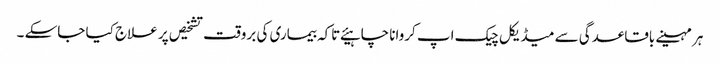
ہر مہینے باقاعدگی سے میڈیکل چیک اپ کروانا چاہیئے تاکہ بیماری کی بروقت تشخیص پر علاج کیا جاسکے ۔